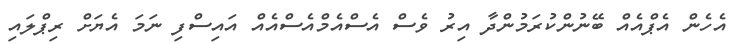
އެހެން އެޕްއެއް ބޭނުންކުރަމުންދާ އިރު ވެސް އެސްއެމްއެސްއެއް އައިސްފި ނަމަ އެޔަށް ރިޕްލައި